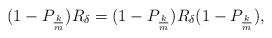
LaTeX: \begin{align*}(1-P_{\frac km})R_\delta=(1-P_{\frac km})R_\delta(1-P_{\frac km}),\end{align*}